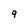
Character: 9